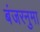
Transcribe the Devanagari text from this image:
बंजरनुमा